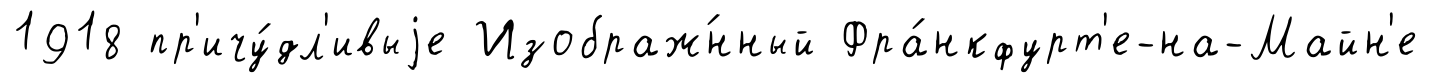
1918 пр'ичу́дл'ивыjе Изображ́нный Фра́нкфурт'е-на-Майн'е